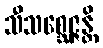
သီသစ္ဆေဇ္ဇန္တိ